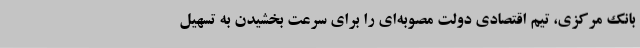
بانک مرکزی، تیم اقتصادی دولت مصوبه‌ای را برای سرعت بخشیدن به تسهیل